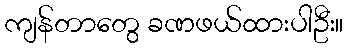
ကျန်တာတွေ ခဏဖယ်ထားပါဦး။